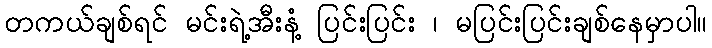
တကယ်ချစ်ရင် မင်းရဲ့အီးနံ့ ပြင်းပြင်း ၊ မပြင်းပြင်းချစ်နေမှာပါ။